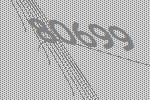
80699